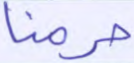
حرمنا